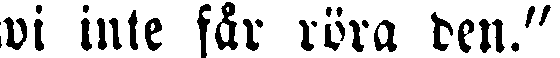
wi inte får röra den."